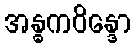
အန္ဓကဝိန္ဒော